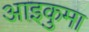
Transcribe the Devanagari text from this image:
आइकुमा